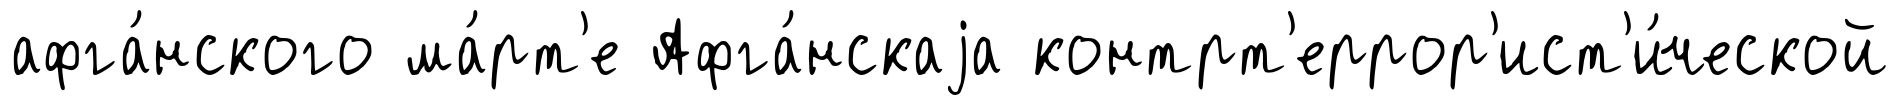
афга́нского ма́рт'е Афга́нскаjа контрт'еррор'ист'и́ческой